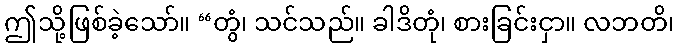
ဤသို့ဖြစ်ခဲ့သော်။ “တွံ၊ သင်သည်။ ခါဒိတုံ၊ စားခြင်းငှာ။ လဘတိ၊